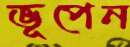
ভূপেন